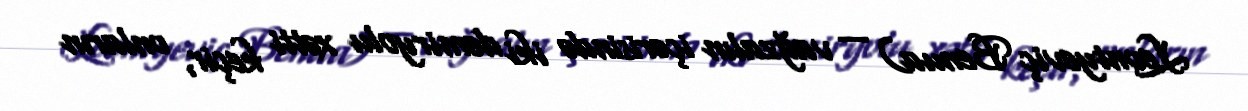
Leontyeviç Benua) — vağzalın içərisində iki dəmiryolu xətti keçir, onların